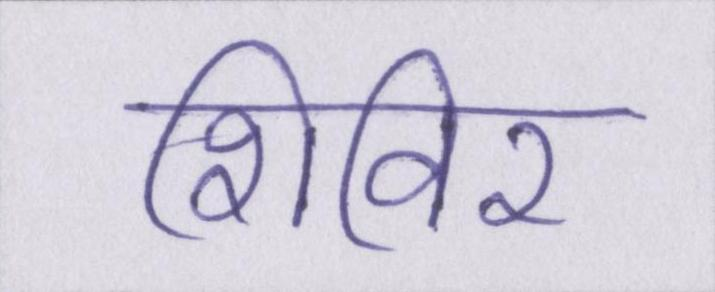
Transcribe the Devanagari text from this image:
शिविर